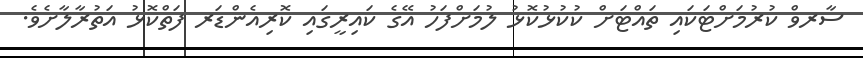
ސާރވް ކުރުމަށްޓަކައި ތައްޓަށް ކުކުޅުކޮޅު ލުމަށްފަހު އޭގެ ކައިރީގައި ކޮރިއެންޑަރ ފަތްކޮޅު އަތުރާލާށެވެ.